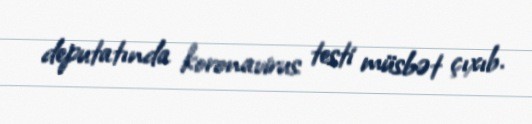
deputatında koronavirus testi müsbət çıxıb.